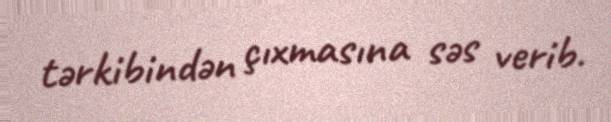
tərkibindən çıxmasına səs verib.